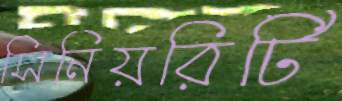
সিনিয়রিটি